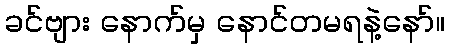
ခင်ဗျား နောက်မှ နောင်တမရနဲ့နော်။